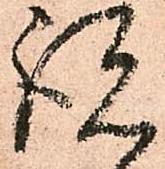
説